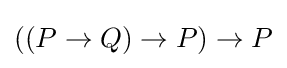
((P\to Q)\to P)\to P